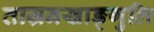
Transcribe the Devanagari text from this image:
ताम्रनखाङ्गुलि